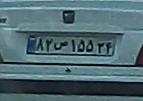
۸۲ص۱۵۵۳۴